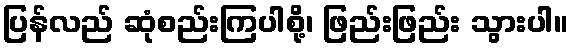
ပြန်လည် ဆုံစည်းကြပါစို့၊ ဖြည်းဖြည်း သွားပါ။